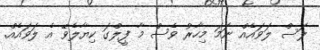
ލަސް ލަވައެއް ނަމަ މިހާރު ވެސް މާ ފީލްގަ ކިޔާލެވޭ އެ ލަވައެއް.